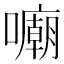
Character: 𱕜